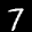
Label: 7